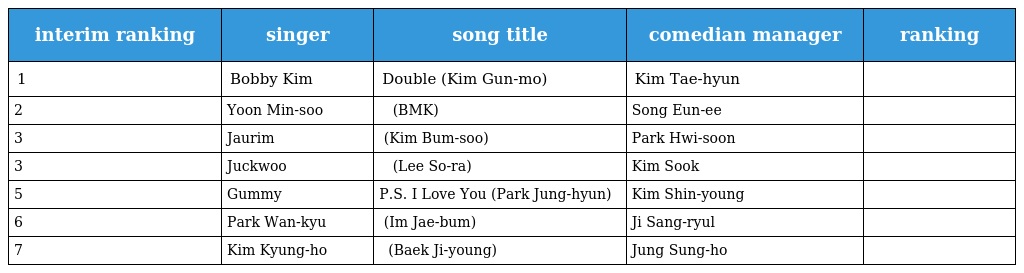
| interim ranking | singer | song title | comedian manager | ranking |
 | --- | --- | --- | --- | --- |
 | 1 | Bobby Kim | Double (Kim Gun-mo) | Kim Tae-hyun |  |
 | 2 | Yoon Min-soo | 꽃피는 봄이 오면 (BMK) | Song Eun-ee |  |
 | 3 | Jaurim | 하루 (Kim Bum-soo) | Park Hwi-soon |  |
 | 3 | Juckwoo | 처음 느낌 그대로 (Lee So-ra) | Kim Sook |  |
 | 5 | Gummy | P.S. I Love You (Park Jung-hyun) | Kim Shin-young |  |
 | 6 | Park Wan-kyu | 고해 (Im Jae-bum) | Ji Sang-ryul |  |
 | 7 | Kim Kyung-ho | 사랑 안해 (Baek Ji-young) | Jung Sung-ho |  |